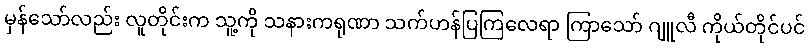
မှန်သော်လည်း လူတိုင်းက သူ့ကို သနားကရုဏာ သက်ဟန်ပြကြလေရာ ကြာသော် ဂျူလီ ကိုယ်တိုင်ပင်